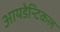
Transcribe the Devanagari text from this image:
आयडेन्टिकल